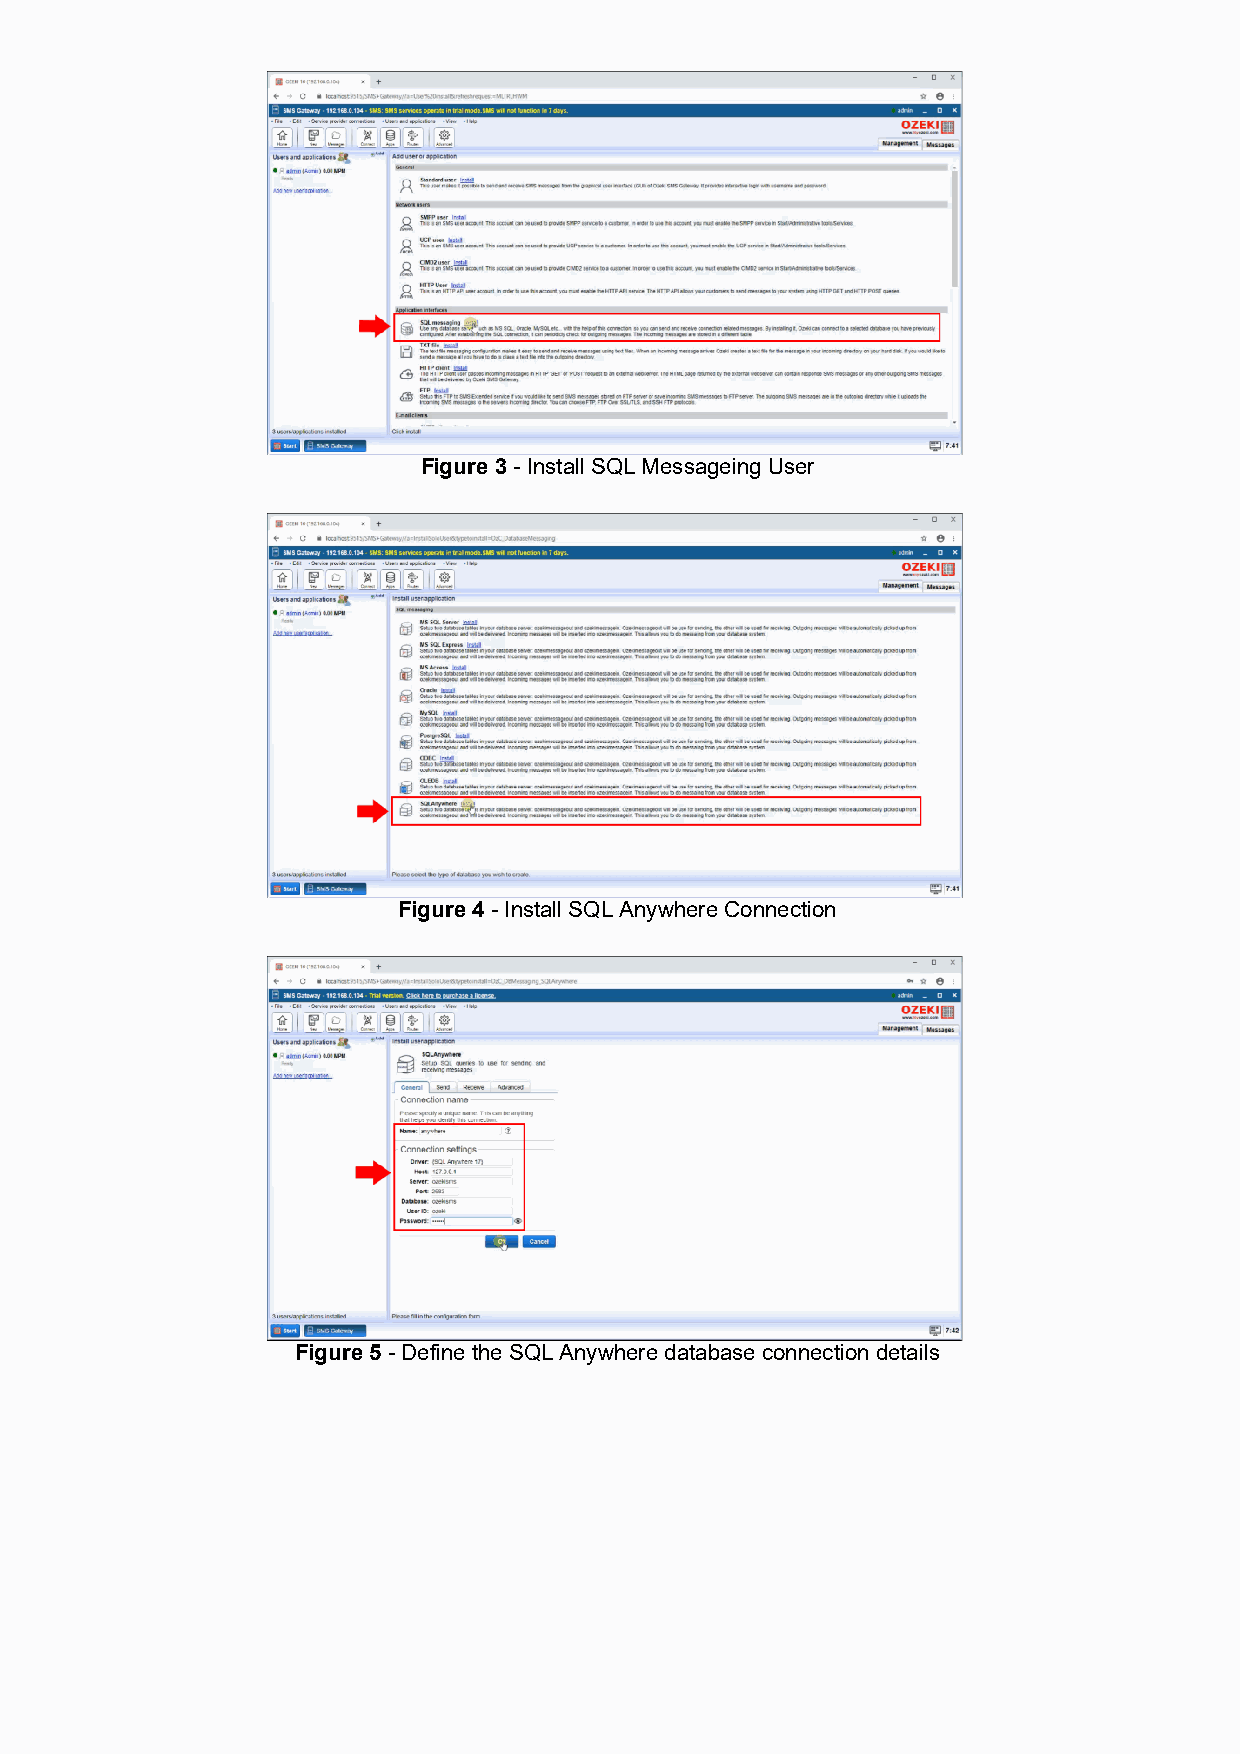
Figure 3 - Install SQL Messageing User
 Figure 4 - Install SQL Anywhere Connection
 Figure 5 - Define the SQL Anywhere database connection details